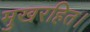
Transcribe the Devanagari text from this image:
मुखरहित।